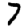
Digit: 7